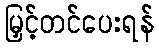
မြှင့်တင်ပေးရန်